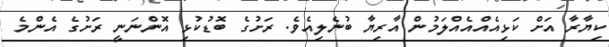
ކިޔާރާ އަށް ކަޅިއެއްއެއްލަމުން އާރިޔާ ބުނެލިއެވެ. ރަށުގެ ބޮޑުކުޅި އޮންނަނީ ރަށުގެ އެންމެ